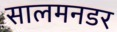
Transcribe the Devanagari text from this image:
सालमनडर